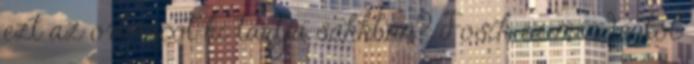
ezt az orbáncot ki tartja sakkban? Fosik ez mindentől